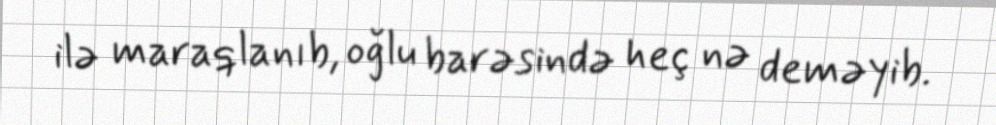
ilə maraqlanıb, oğlu barəsində heç nə deməyib.